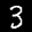
Label: 3